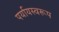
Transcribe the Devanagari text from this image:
पर्यायस्वरूप